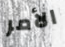
الأمر